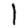
Digit: 1